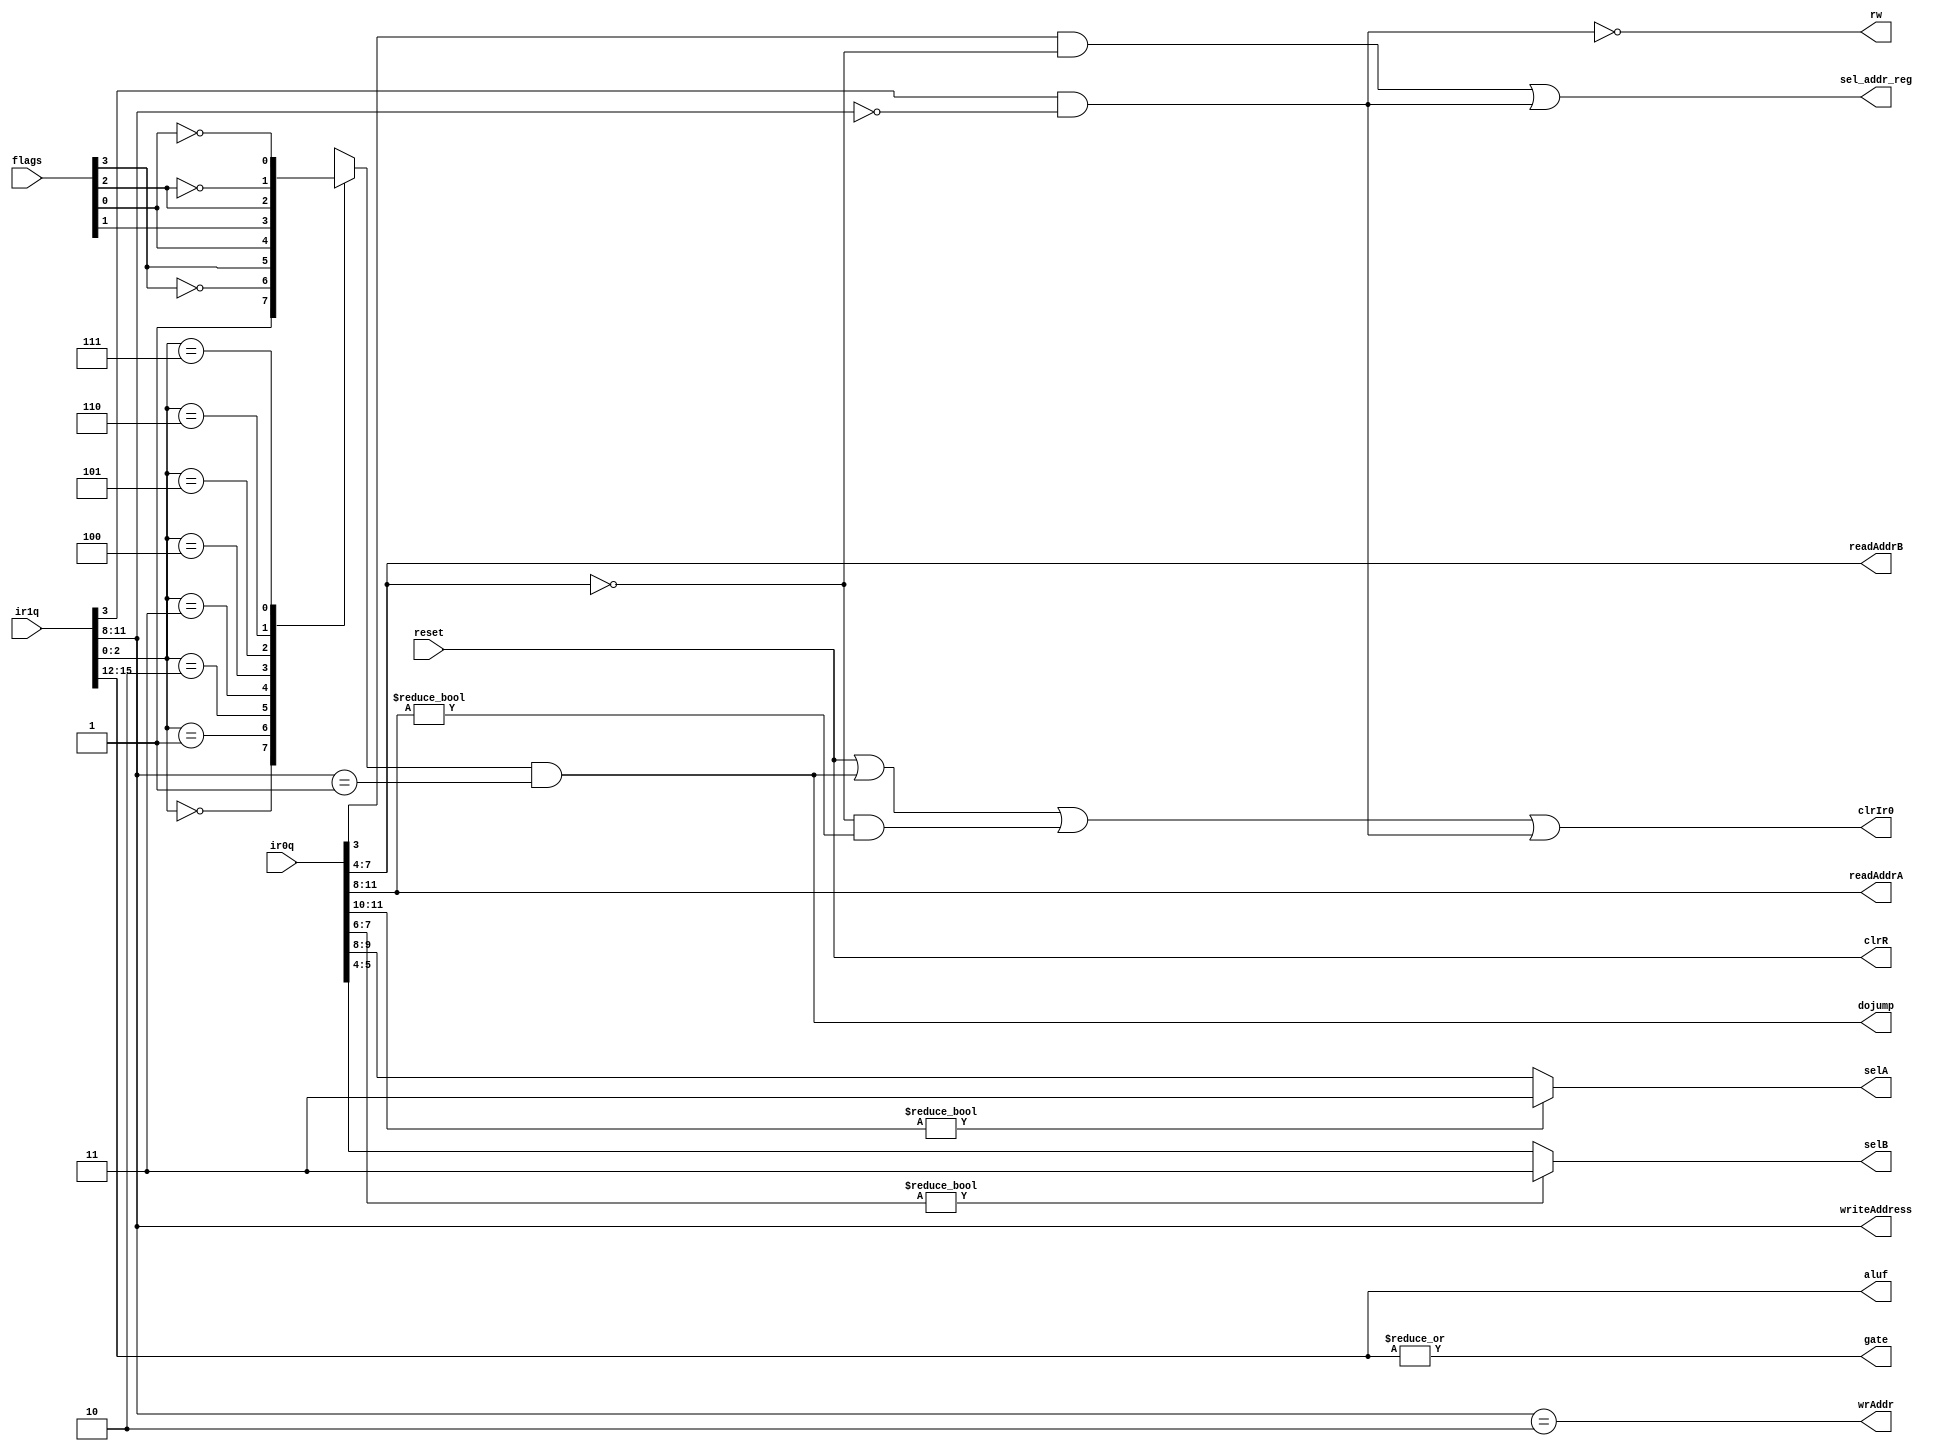
module idec(aluf,readAddrA,readAddrB, writeAddress,selA,selB,clrR,
             clrIr0, gate, rw, sel_addr_reg, dojump, wrAddr,
             ir0q,ir1q,flags,reset);
output [3:0] aluf,readAddrA,readAddrB, writeAddress;
output [1:0] selA,selB;
output clrR, clrIr0, gate, rw, sel_addr_reg, dojump,wrAddr ;
input [15:0] ir0q,ir1q;
input [3:0] flags;
input reset;

/* instruction format
   ffff dddd ssss m ccc
   ffff <- Four bit alu function ir[15:12]
        dddd <- four bit destination register adderss and second operand
	      ssss <- four bit source register address
	          0 - immidiate data
		  1 - pc
		  2 - addressing register for load/store
		  3 to 15 general registers in reg file
		  m <- memory indirection bit 1 uses the address from r2
                    ccc <- condition codes for jump
                    ccc <-- encoded condition     ir[2:0]
                            unc     000    pos      001
                            neg     010    zero     011
                            parodd  100    carry    101
                            ncarry  110    nzero    111

*/

wire m0 = ir0q[3],
     m1 = ir1q[3];

/* jump condition codes in ir[2:0] */
`define unc     3'b000
`define pos     3'b001
`define neg     3'b010
`define zero    3'b011
`define parodd  3'b100
`define carry   3'b101
`define ncarry  3'b110
`define nzero   3'b111
 
function jmpchk;
input [2:0] condition;
input [3:0] flags;
reg sign,carry,parity,zero;
begin
        {sign,carry,parity,zero} = flags;
        case (condition)
        `unc:   jmpchk = 1;
        `pos:   jmpchk = ~ sign;
        `neg:   jmpchk = sign;
        `zero:  jmpchk = zero;
        `parodd: jmpchk = parity;
        `carry: jmpchk = carry;
        `ncarry: jmpchk = ~carry;
        `nzero: jmpchk = ~zero;
        endcase
end
endfunction

assign #1 
// Alu function comes from ir1 always
        aluf = ir1q[15:12],

// the sources for the alu come from ir0
        readAddrA = ir0q[11:8],
        readAddrB = ir0q[ 7:4],

// the destination for the data from the alu is comes from Ir1
        writeAddress = ir1q[11:8],

// The Mux selects can be derived from read Addresses
	selA = readAddrA[3:2] ? 2'b11 : readAddrA[1:0],
	selB = readAddrB[3:2] ? 2'b11 : readAddrB[1:0],

// Data goes to/from memory if the m bit is set when
// ssss == 0000 in ir0 or  dddd == 0000 in ir1
        sel_addr_reg = (m0 & (ir0q[ 7:4] == 4'b0)) 
                     | (m1 & (ir1q[11:8] == 4'b0)) ,

// the read/write signal is low for a memory write which can only occur
// when the instruction in ir1 had a desination or memory
        rw = ~(m1 & (ir1q[11:8] == 4'b0)) ,

// When the destination is the PC(1) check the condition flags
        dojump = jmpchk(ir1q[2:0],flags) & (ir1q[11:8] == 3'h1),

// If the desitation is the address regster (2) gernate a write for it
	wrAddr = (ir1q[11:8] == 3'h2),
// The flag registers are clocked every alu cycle except on move operartions
        gate = | ir1q[15:12] ,

// reset and clear signals
        clrR = reset,

// Clear the pipeline if we are jumping or if data is coming from memory
// or if writing to memory
        clrIr0 = reset | dojump 
                 | ((ir0q[ 7:4] == 4'b0) & (ir0q[ 11:8] != 4'b0))
                 | ~rw ;

endmodule